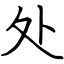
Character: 处